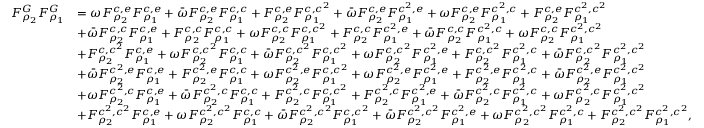
\begin{array} { r l } { F _ { \rho _ { 2 } } ^ { G } F _ { \rho _ { 1 } } ^ { G } } & { = \omega F _ { \rho _ { 2 } } ^ { c , e } F _ { \rho _ { 1 } } ^ { c , e } + \bar { \omega } F _ { \rho _ { 2 } } ^ { c , e } F _ { \rho _ { 1 } } ^ { c , c } + F _ { \rho _ { 2 } } ^ { c , e } F _ { \rho _ { 1 } } ^ { c , c ^ { 2 } } + \bar { \omega } F _ { \rho _ { 2 } } ^ { c , e } F _ { \rho _ { 1 } } ^ { c ^ { 2 } , e } + \omega F _ { \rho _ { 2 } } ^ { c , e } F _ { \rho _ { 1 } } ^ { c ^ { 2 } , c } + F _ { \rho _ { 2 } } ^ { c , e } F _ { \rho _ { 1 } } ^ { c ^ { 2 } , c ^ { 2 } } } \\ & { + \bar { \omega } F _ { \rho _ { 2 } } ^ { c , c } F _ { \rho _ { 1 } } ^ { c , e } + F _ { \rho _ { 2 } } ^ { c , c } F _ { \rho _ { 1 } } ^ { c , c } + \omega F _ { \rho _ { 2 } } ^ { c , c } F _ { \rho _ { 1 } } ^ { c , c ^ { 2 } } + F _ { \rho _ { 2 } } ^ { c , c } F _ { \rho _ { 1 } } ^ { c ^ { 2 } , e } + \bar { \omega } F _ { \rho _ { 2 } } ^ { c , c } F _ { \rho _ { 1 } } ^ { c ^ { 2 } , c } + \omega F _ { \rho _ { 2 } } ^ { c , c } F _ { \rho _ { 1 } } ^ { c ^ { 2 } , c ^ { 2 } } } \\ & { + F _ { \rho _ { 2 } } ^ { c , c ^ { 2 } } F _ { \rho _ { 1 } } ^ { c , e } + \omega F _ { \rho _ { 2 } } ^ { c , c ^ { 2 } } F _ { \rho _ { 1 } } ^ { c , c } + \bar { \omega } F _ { \rho _ { 2 } } ^ { c , c ^ { 2 } } F _ { \rho _ { 1 } } ^ { c , c ^ { 2 } } + \omega F _ { \rho _ { 2 } } ^ { c , c ^ { 2 } } F _ { \rho _ { 1 } } ^ { c ^ { 2 } , e } + F _ { \rho _ { 2 } } ^ { c , c ^ { 2 } } F _ { \rho _ { 1 } } ^ { c ^ { 2 } , c } + \bar { \omega } F _ { \rho _ { 2 } } ^ { c , c ^ { 2 } } F _ { \rho _ { 1 } } ^ { c ^ { 2 } , c ^ { 2 } } } \\ & { + \bar { \omega } F _ { \rho _ { 2 } } ^ { c ^ { 2 } , e } F _ { \rho _ { 1 } } ^ { c , e } + F _ { \rho _ { 2 } } ^ { c ^ { 2 } , e } F _ { \rho _ { 1 } } ^ { c , c } + \omega F _ { \rho _ { 2 } } ^ { c ^ { 2 } , e } F _ { \rho _ { 1 } } ^ { c , c ^ { 2 } } + \omega F _ { \rho _ { 2 } } ^ { c ^ { 2 } , e } F _ { \rho _ { 1 } } ^ { c ^ { 2 } , e } + F _ { \rho _ { 2 } } ^ { c ^ { 2 } , e } F _ { \rho _ { 1 } } ^ { c ^ { 2 } , c } + \bar { \omega } F _ { \rho _ { 2 } } ^ { c ^ { 2 } , e } F _ { \rho _ { 1 } } ^ { c ^ { 2 } , c ^ { 2 } } } \\ & { + \omega F _ { \rho _ { 2 } } ^ { c ^ { 2 } , c } F _ { \rho _ { 1 } } ^ { c , e } + \bar { \omega } F _ { \rho _ { 2 } } ^ { c ^ { 2 } , c } F _ { \rho _ { 1 } } ^ { c , c } + F _ { \rho _ { 2 } } ^ { c ^ { 2 } , c } F _ { \rho _ { 1 } } ^ { c , c ^ { 2 } } + F _ { \rho _ { 2 } } ^ { c ^ { 2 } , c } F _ { \rho _ { 1 } } ^ { c ^ { 2 } , e } + \bar { \omega } F _ { \rho _ { 2 } } ^ { c ^ { 2 } , c } F _ { \rho _ { 1 } } ^ { c ^ { 2 } , c } + \omega F _ { \rho _ { 2 } } ^ { c ^ { 2 } , c } F _ { \rho _ { 1 } } ^ { c ^ { 2 } , c ^ { 2 } } } \\ & { + F _ { \rho _ { 2 } } ^ { c ^ { 2 } , c ^ { 2 } } F _ { \rho _ { 1 } } ^ { c , e } + \omega F _ { \rho _ { 2 } } ^ { c ^ { 2 } , c ^ { 2 } } F _ { \rho _ { 1 } } ^ { c , c } + \bar { \omega } F _ { \rho _ { 2 } } ^ { c ^ { 2 } , c ^ { 2 } } F _ { \rho _ { 1 } } ^ { c , c ^ { 2 } } + \bar { \omega } F _ { \rho _ { 2 } } ^ { c ^ { 2 } , c ^ { 2 } } F _ { \rho _ { 1 } } ^ { c ^ { 2 } , e } + \omega F _ { \rho _ { 2 } } ^ { c ^ { 2 } , c ^ { 2 } } F _ { \rho _ { 1 } } ^ { c ^ { 2 } , c } + F _ { \rho _ { 2 } } ^ { c ^ { 2 } , c ^ { 2 } } F _ { \rho _ { 1 } } ^ { c ^ { 2 } , c ^ { 2 } } , } \end{array}